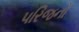
પરિજનો